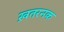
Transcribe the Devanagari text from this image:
ख़तरनक